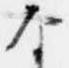
な